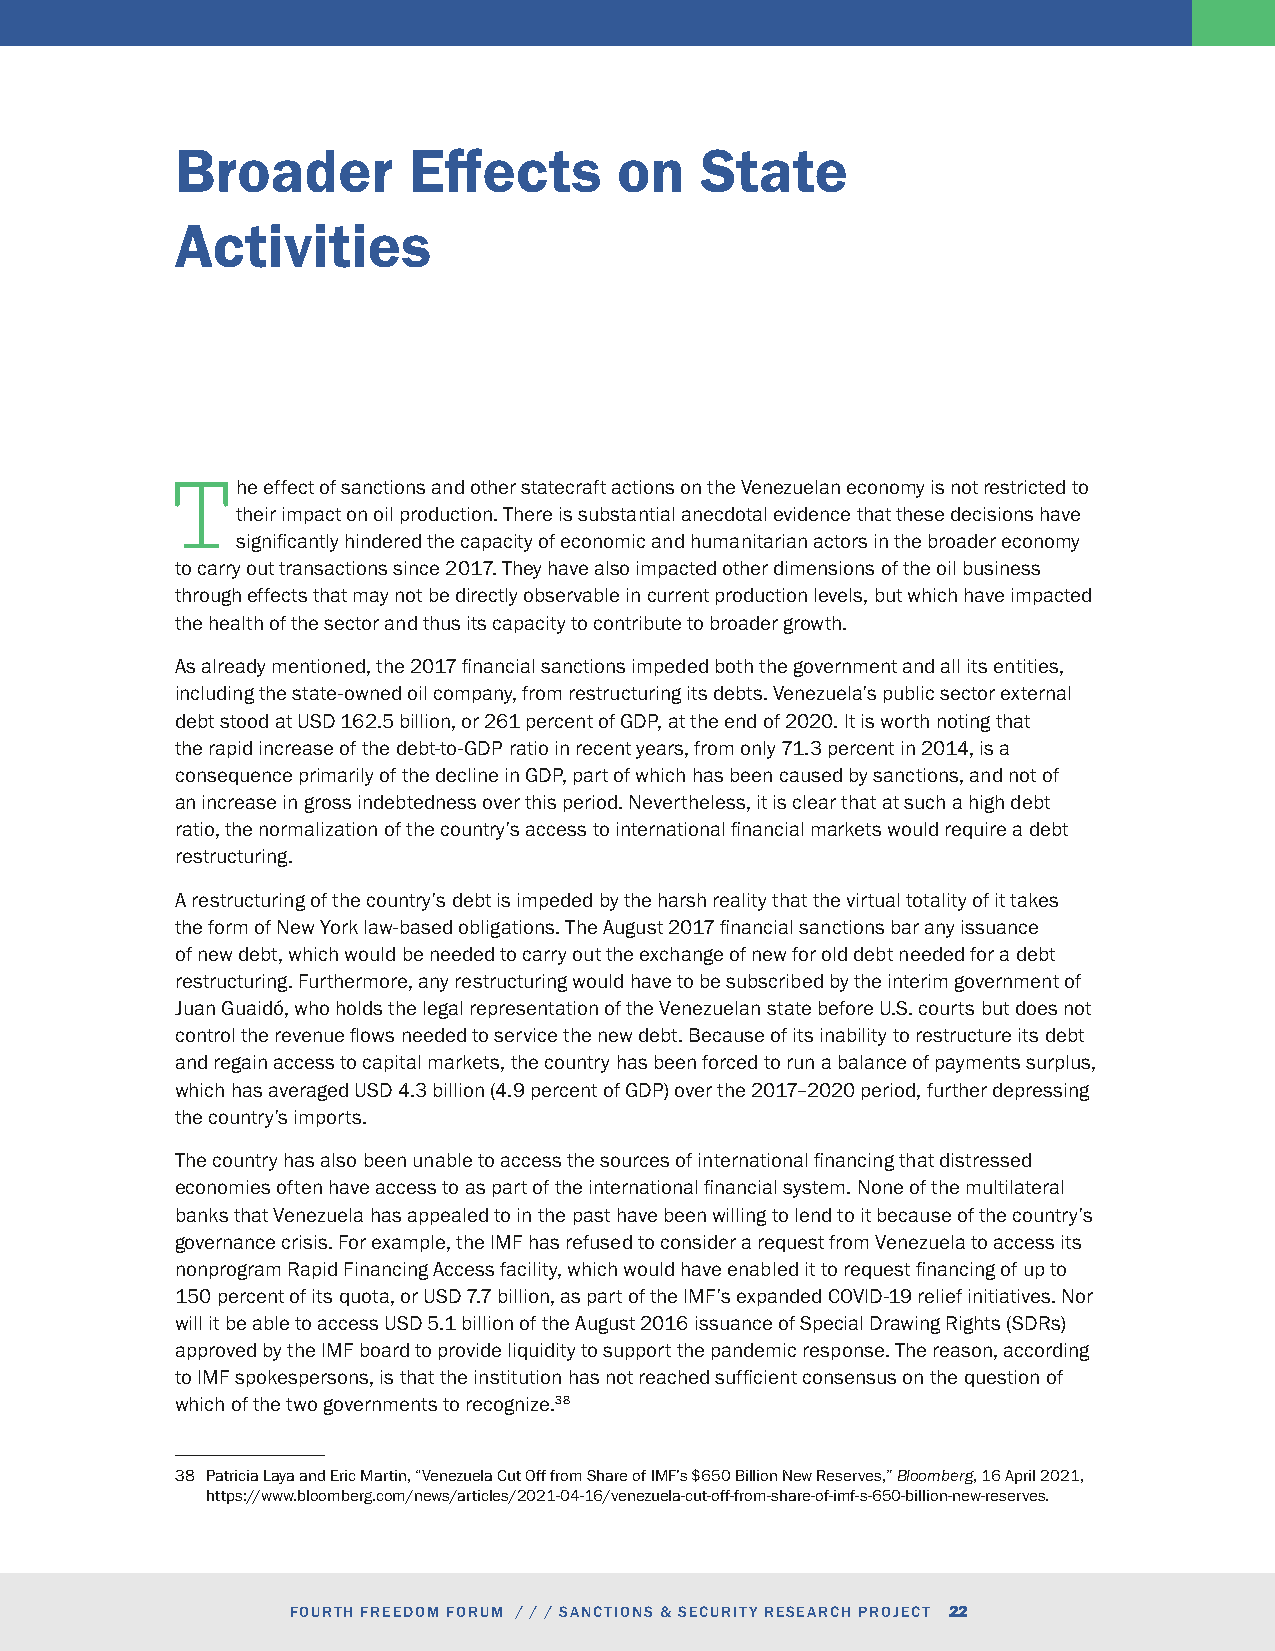
Broader        Effects       on   State
 Activities
 he effect of sanctions and other statecraft actions on the Venezuelan economy is not restricted to
 Ttheir  impact on oil production. There is substantial anecdotal evidence that these decisions have
 significantly hindered the capacity of economic and humanitarian actors in the broader economy
 to carry out transactions since 2017. They have also impacted other dimensions of the oil business
 through effects that may not be directly observable in current production levels, but which have impacted
 the health of the sector and thus its capacity to contribute to broader growth.
 As already mentioned, the 2017 financial sanctions impeded both the government and all its entities,
 including the state-owned oil company, from restructuring its debts. Venezuela’s public sector external
 debt stood at USD 162.5 billion, or 261 percent of GDP, at the end of 2020. It is worth noting that
 the rapid increase of the debt-to-GDP ratio in recent years, from only 71.3 percent in 2014, is a
 consequence primarily of the decline in GDP, part of which has been caused by sanctions, and not of
 an increase in gross indebtedness over this period. Nevertheless, it is clear that at such a high debt
 ratio, the normalization of the country’s access to international financial markets would require a debt
 restructuring.
 A restructuring of the country’s debt is impeded by the harsh reality that the virtual totality of it takes
 the form of New York law-based obligations. The August 2017 financial sanctions bar any issuance
 of new debt, which would be needed to carry out the exchange of new for old debt needed for a debt
 restructuring. Furthermore, any restructuring would have to be subscribed by the interim government of
 Juan Guaidó, who holds the legal representation of the Venezuelan state before U.S. courts but does not
 control the revenue flows needed to service the new debt. Because of its inability to restructure its debt
 and regain access to capital markets, the country has been forced to run a balance of payments surplus,
 which has averaged USD 4.3 billion (4.9 percent of GDP) over the 2017–2020 period, further depressing
 the country’s imports.
 The country has also been unable to access the sources of international financing that distressed
 economies often have access to as part of the international financial system. None of the multilateral
 banks that Venezuela has appealed to in the past have been willing to lend to it because of the country’s
 governance crisis. For example, the IMF has refused to consider a request from Venezuela to access its
 nonprogram Rapid Financing Access facility, which would have enabled it to request financing of up to
 150 percent of its quota, or USD 7.7 billion, as part of the IMF’s expanded COVID-19 relief initiatives. Nor
 will it be able to access USD 5.1 billion of the August 2016 issuance of Special Drawing Rights (SDRs)
 approved by the IMF board to provide liquidity to support the pandemic response. The reason, according
 to IMF spokespersons, is that the institution has not reached sufficient consensus on the question of
 which of the two governments to recognize.38
 38 Patricia Laya and Eric Martin, “Venezuela Cut Off from Share of IMF’s $650 Billion New Reserves,” Bloomberg, 16 April 2021,
 https://www.bloomberg.com/news/articles/2021-04-16/venezuela-cut-off-from-share-of-imf-s-650-billion-new-reserves.
 FOURTH FREEDOM FORUM / / / SANCTIONS & SECURITY RESEARCH PROJECT 22